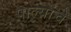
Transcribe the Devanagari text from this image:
पाल्यांचे